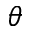
\theta